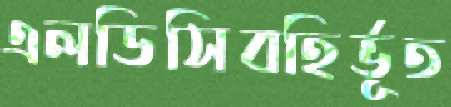
এলডিসিবহির্ভূত